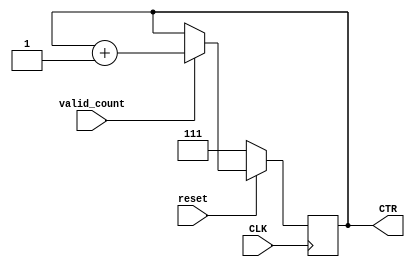
module mux_ctr_cond(  input             valid_count,
                      input             CLK,
                      input             reset,
                      output reg [2:0]  CTR
                      );


// wire [2:0]  in_ctr;
// assign in_ctr = 3'b111;

always @ (posedge CLK) begin
  if (reset) begin
    if (valid_count) begin
      CTR <= CTR + 1;
    end else begin
      CTR <= CTR;
    end
  end else begin
    CTR <= 3'b111;
  end
end

endmodule